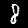
Digit: 8